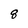
Character: 8